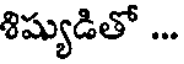
శిష్యుడితో ...